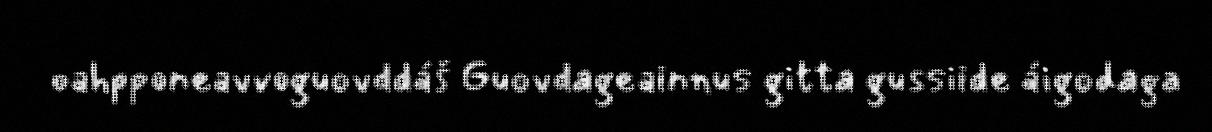
oahpponeavvoguovddáš Guovdageainnus gitta gussiide áigodaga